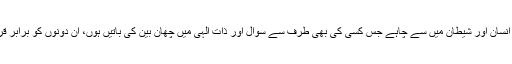
اس حدیث میں انسان اور شیطان میں سے چاہے جس کسی کی بھی طرف سے سوال اور ذاتِ الہی میں چھان بین کی باتیں ہوں، ان دونوں کو برابر قرار دیا گیا ہے۔